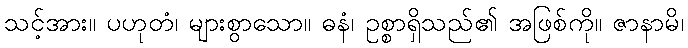
သင့်အား။ ပဟုတံ၊ များစွာသော။ ဓနံ၊ ဥစ္စာရှိသည်၏ အဖြစ်ကို။ ဇာနာမိ၊